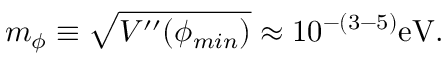
m _ { \phi } \equiv \sqrt { V ^ { \prime \prime } ( \phi _ { m i n } ) } \approx 1 0 ^ { - ( 3 - 5 ) } \mathrm { e V } .